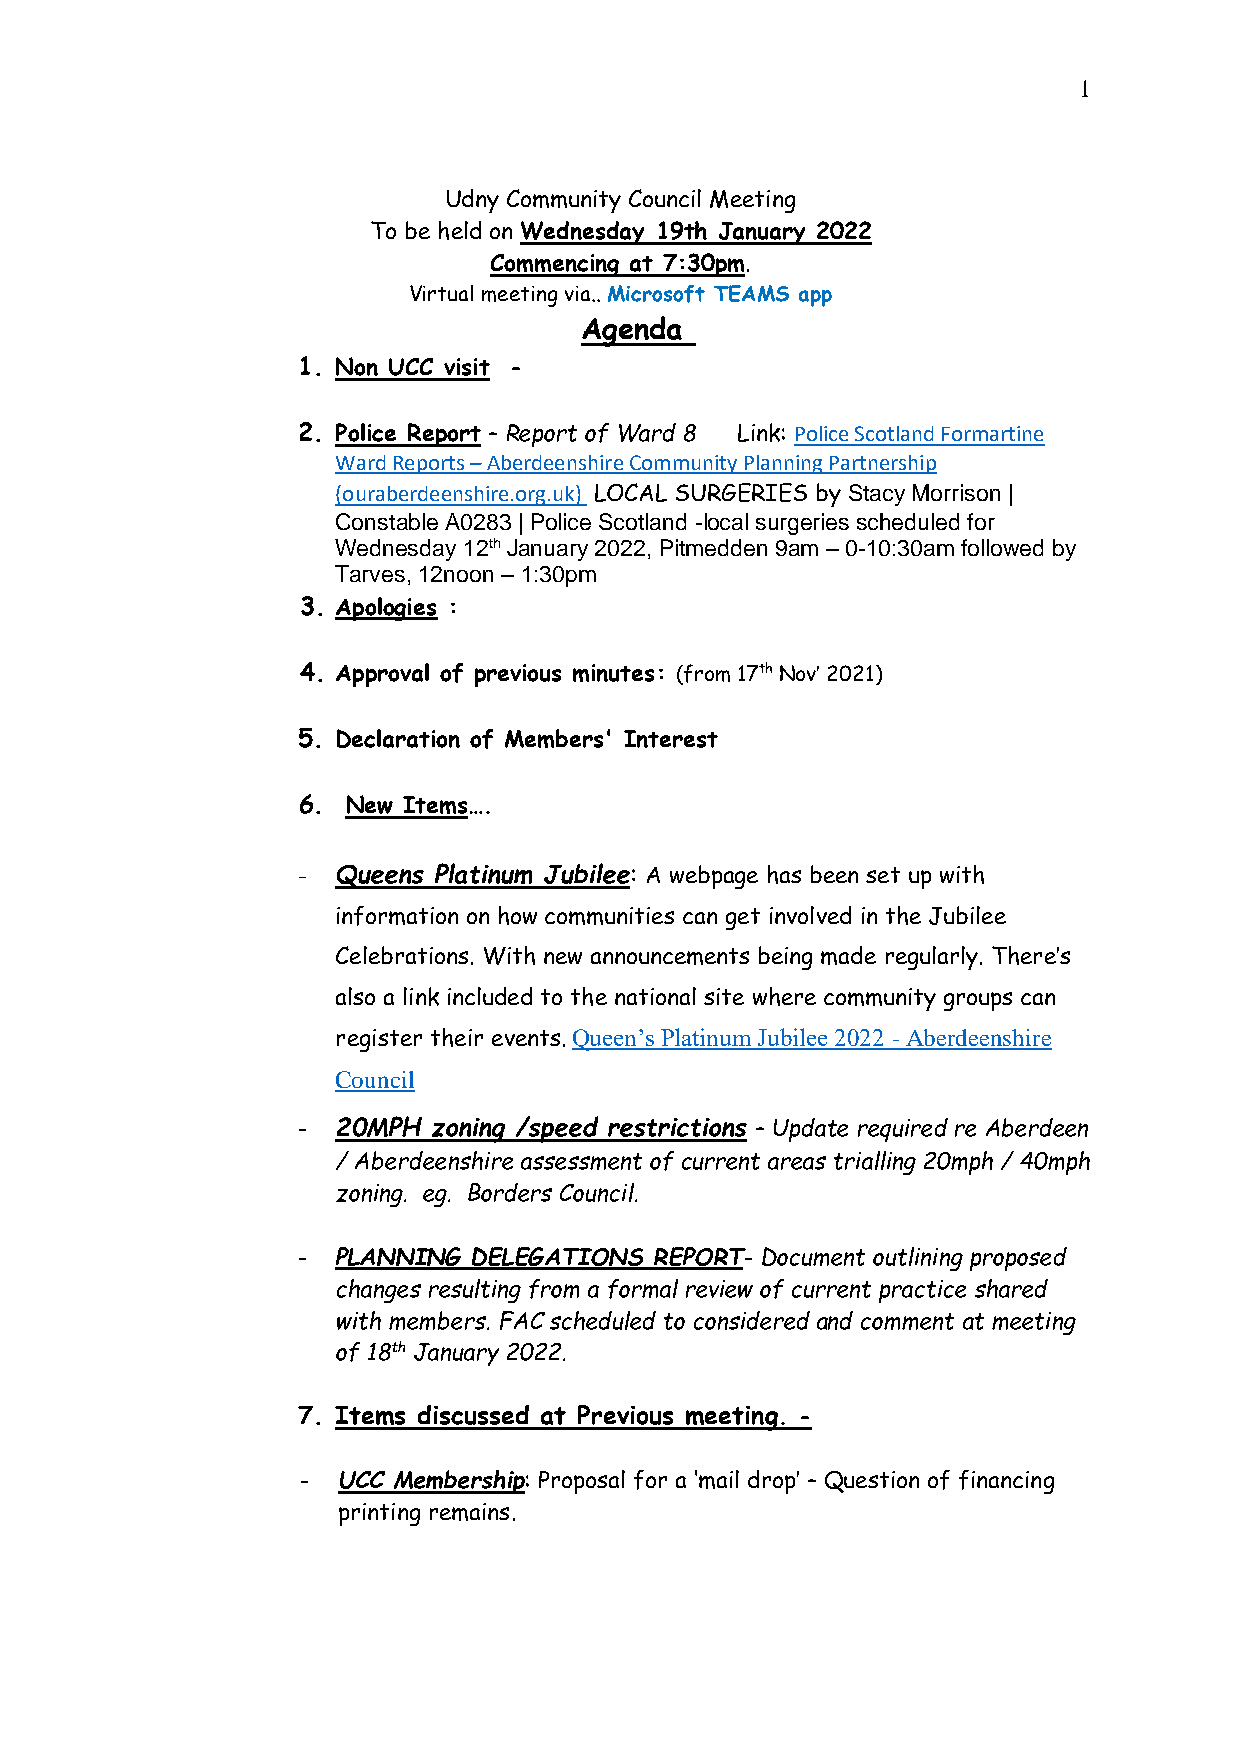
1
 Udny Community Council Meeting
 To be held on Wednesday 19th January 2022
 Commencing at 7:30pm.
 Virtual meeting via.. Microsoft TEAMS app
 Agenda
 1. Non UCC visit -
 2. Police Report – Report of Ward 8 Link: Police Scotland Formartine
 Ward Reports – Aberdeenshire Community Planning Partnership
 (ouraberdeenshire.org.uk) LOCAL SURGERIES by Stacy Morrison |
 Constable A0283 | Police Scotland -local surgeries scheduled for
 Wednesday 12th January 2022, Pitmedden 9am – 0-10:30am followed by
 Tarves, 12noon – 1:30pm
 3. Apologies :
 4. Approval of previous minutes: (from 17th Nov’ 2021)
 5. Declaration of Members' Interest
 6. New Items….
 - Queens Platinum Jubilee: A webpage has been set up with
 information on how communities can get involved in the Jubilee
 Celebrations. With new announcements being made regularly. There’s
 also a link included to the national site where community groups can
 register their events. Queen’s Platinum Jubilee 2022 - Aberdeenshire
 Council
 - 20MPH  zoning /speed restrictions – Update required re Aberdeen
 / Aberdeenshire assessment of current areas trialling 20mph / 40mph
 zoning. eg. Borders Council.
 - PLANNING DELEGATIONS REPORT- Document outlining proposed
 changes resulting from a formal review of current practice shared
 with members. FAC scheduled to considered and comment at meeting
 of 18th January 2022.
 7. Items discussed at Previous meeting. -
 - UCC Membership: Proposal for a ‘mail drop’ – Question of financing
 printing remains.